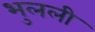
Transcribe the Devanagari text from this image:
भुलली